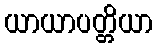
ယာယာပတ္တိယာ